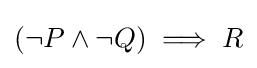
(\lnot P\land \lnot Q)\implies R